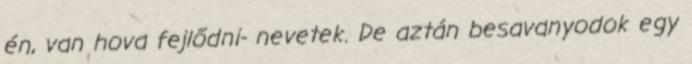
én, van hova fejlődni- nevetek. De aztán besavanyodok egy